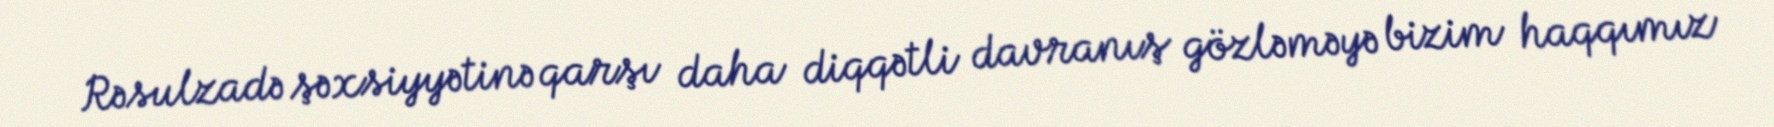
Rəsulzadə şəxsiyyətinə qarşı daha diqqətli davranış gözləməyə bizim haqqımız